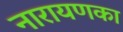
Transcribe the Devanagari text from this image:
नारायणका